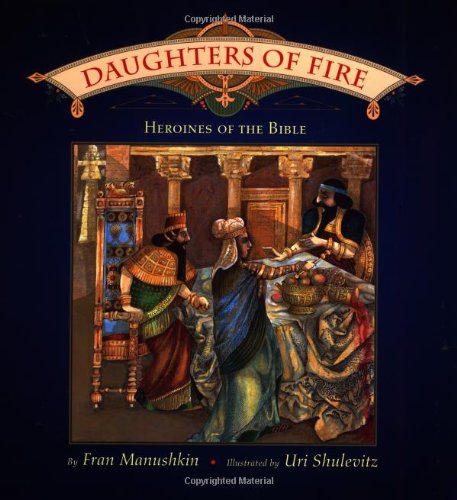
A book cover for Daughters of Fire: Heroines of the Bible; Fran Manushkin; Children's Books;